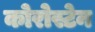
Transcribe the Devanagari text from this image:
कोरोस्टेन